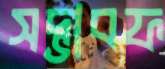
সদ্ভাবফ